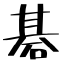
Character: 碁